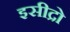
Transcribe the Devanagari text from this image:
इसीद्रो